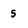
Character: 5